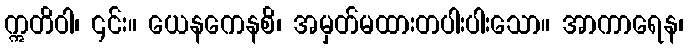
ဣတိဝါ၊ ၎င်း။ ယေနကေနစိ၊ အမှတ်မထားတပါးပါးသော။ အာကာရေန၊